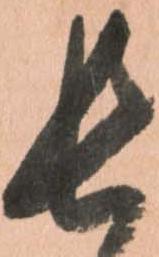
長